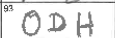
Transcription: ODH